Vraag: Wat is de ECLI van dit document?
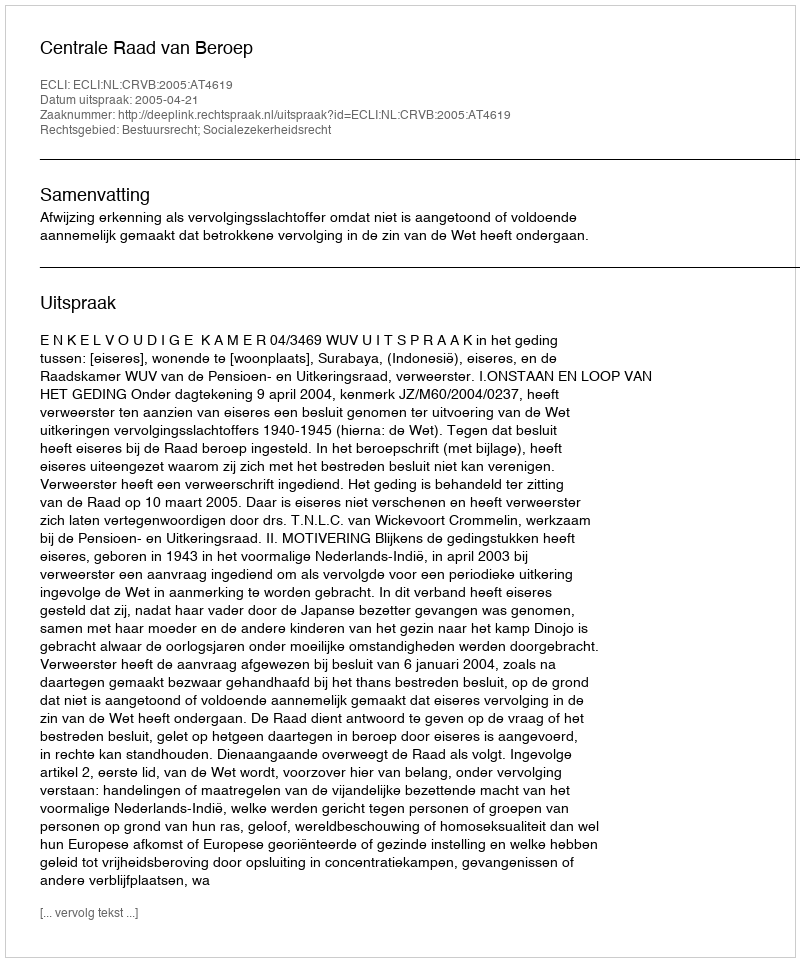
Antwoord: ECLI:NL:CRVB:2005:AT4619